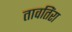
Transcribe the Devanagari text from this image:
तावतिंरा